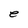
Character: e